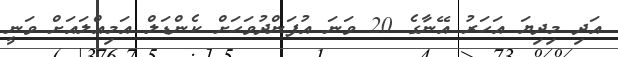
އަދި މިދިޔަ އަހަރު އޭނާގެ 20 ވަނަ އުފަންދުވަހަށް ކެންޑަލް އަމިއްލައަށް ވަނީ